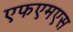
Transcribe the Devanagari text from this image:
एफएमएस